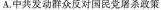
A.中共发动群众反对国民党屠杀政策